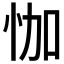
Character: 𱞏